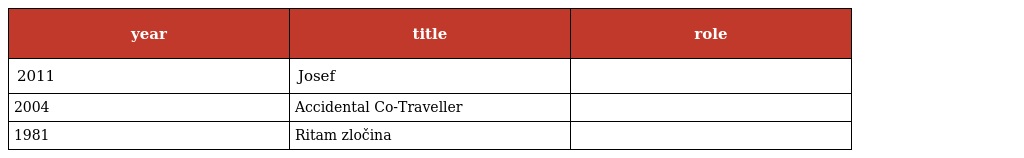
| year | title | role |
 | --- | --- | --- |
 | 2011 | Josef |  |
 | 2004 | Accidental Co-Traveller |  |
 | 1981 | Ritam zločina |  |